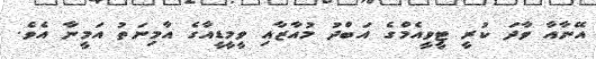
އޭނާއާ ވާދަ ކުރީ ޓީވީއެމްގެ އަބްދު މުއާޒާއި ވީމީޑީއާގެ އާމިނަތު އަމީނާ އެވެ.